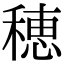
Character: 穂